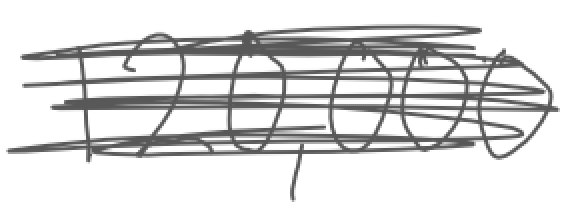
Text: 120,000
Cross-out: scratch
Writing tool: digital_gray